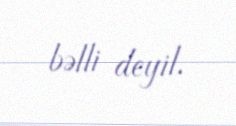
bəlli deyil.